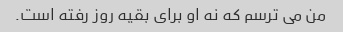
من می ترسم که نه او برای بقیه روز رفته است.